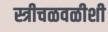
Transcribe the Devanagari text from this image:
स्त्रीचळवळीशी